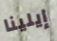
إيلينا